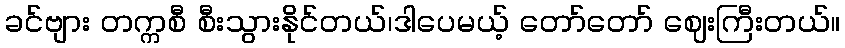
ခင်ဗျား တက္ကစီ စီးသွားနိုင်တယ်၊ဒါပေမယ့် တော်တော် ဈေးကြီးတယ်။